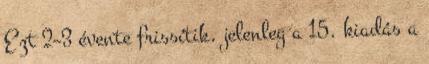
Ezt 2–3 évente frissítik, jelenleg a 15. kiadás a